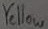
Text: Yellow